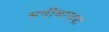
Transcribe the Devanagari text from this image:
मनीमाजरा